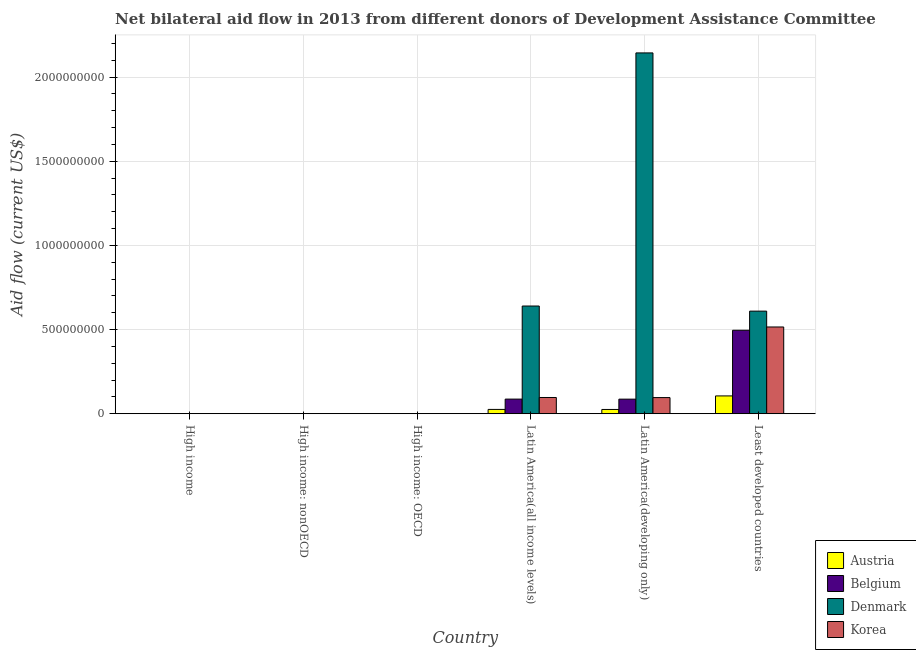
| Country | Austria | Belgium | Denmark | Korea |
 | --- | --- | --- | --- | --- |
 | High income | 3.2e+05 | 2.7e+05 | 3.6e+05 | 6.6e+05 |
 | High income: nonOECD | 2e+04 | 5e+04 | -1.33e+06 | 3.6e+05 |
 | High income: OECD | 3e+05 | 2.2e+05 | -1.69e+06 | 3e+05 |
 | Latin America(all income levels) | 2.57e+07 | 8.7e+07 | 6.4e+08 | 9.65e+07 |
 | Latin America(developing only) | 2.54e+07 | 8.67e+07 | 2.14e+09 | 9.6e+07 |
 | Least developed countries | 1.06e+08 | 4.96e+08 | 6.09e+08 | 5.15e+08 |